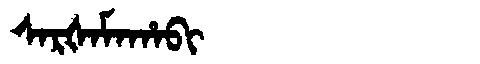
Manchu: ᠰᠠᡵᡧᠠᠮᠠᡥᠠᠪᡳ
Romanization: SARŠAMAHABI